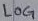
Text: LOG